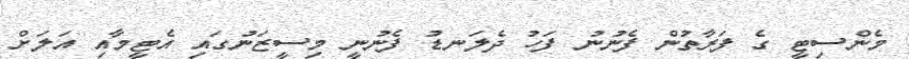
މެންސިޓީ ގެ ފަރާތުން ފެނުނު ފަހު ދެލަނޑު ފެނުނީ މިސީޒަނުގައި އެޓީމާއި އަލަށް